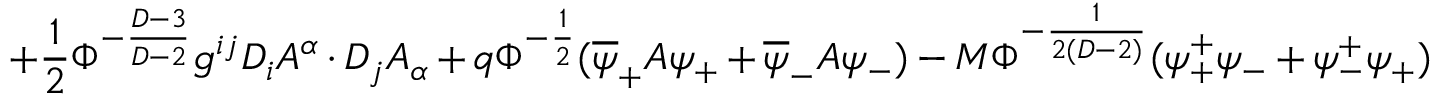
+ \frac { 1 } { 2 } \Phi ^ { - \frac { D - 3 } { D - 2 } } g ^ { i j } D _ { i } A ^ { \alpha } \cdot D _ { j } A _ { \alpha } + q \Phi ^ { - \frac { 1 } { 2 } } ( \overline { { { \psi } } } _ { + } A \psi _ { + } + \overline { { { \psi } } } _ { - } A \psi _ { - } ) - M \Phi ^ { - \frac { 1 } { 2 ( D - 2 ) } } ( \psi _ { + } ^ { + } \psi _ { - } + \psi _ { - } ^ { + } \psi _ { + } )